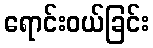
ရောင်းဝယ်ခြင်း